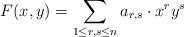
LaTeX: \begin{align*}F(x, y) = \sum_{1 \leq r, s \leq n} a_{r, s} \cdot x^r y^s\end{align*}